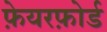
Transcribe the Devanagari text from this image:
फ़ेयरफ़ोर्ड